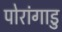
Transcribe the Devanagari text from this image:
पोरांगाडु